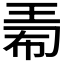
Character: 𪻟